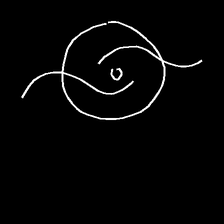
Glyph: repetition